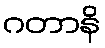
ဂတာနိ